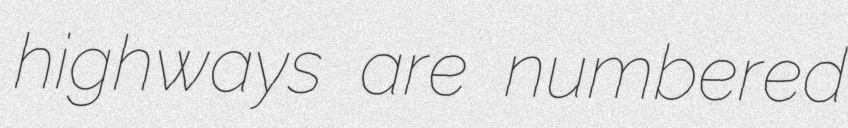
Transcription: highways are numbered